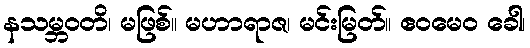
နသမ္ဘဝတိ၊ မဖြစ်။ မဟာရာဇ၊ မင်းမြတ်။ ဧဝမေဝ ခေါ၊